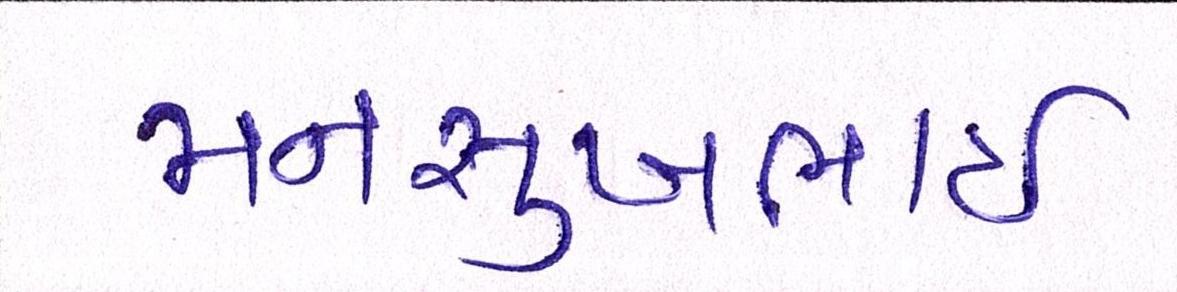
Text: મનસુખભાઈ